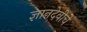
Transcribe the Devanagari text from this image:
ज्ञानदेवीचे